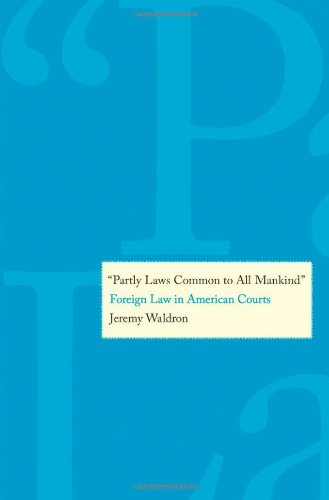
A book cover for "Partly Laws Common to All Mankind": Foreign Law in American Courts; Prof. Jeremy Waldron; Law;